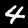
Label: 4